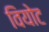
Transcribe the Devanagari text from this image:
वियोट